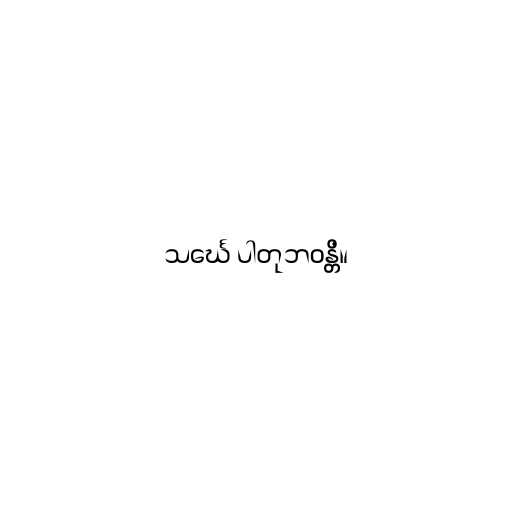
သင်္ဃေ ပါတုဘဝန္တိ။